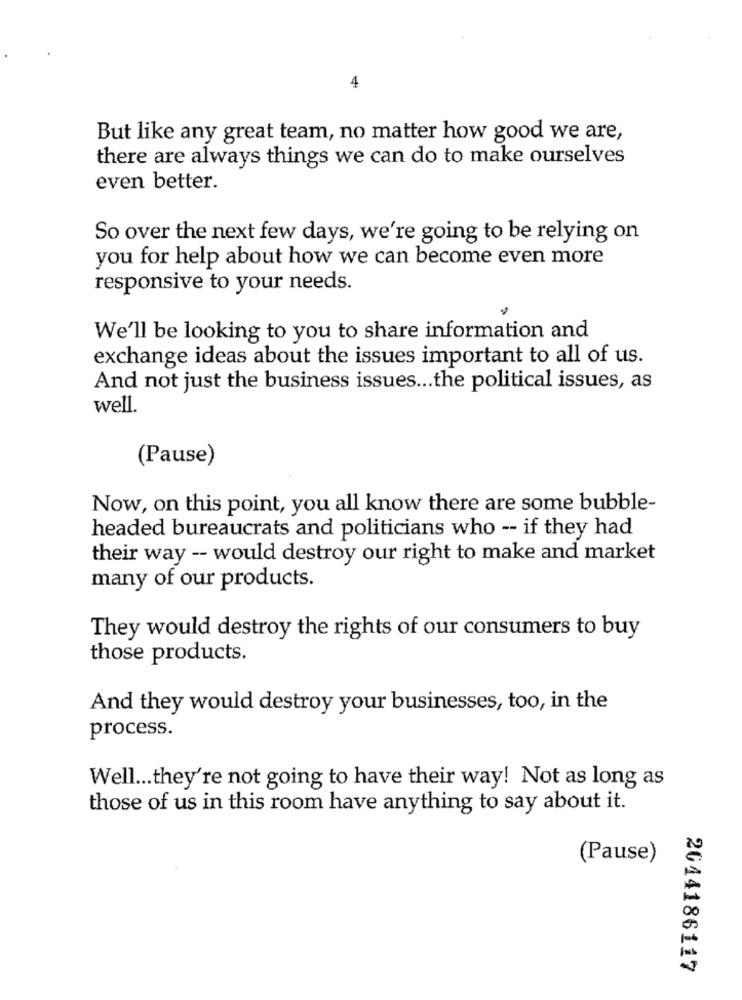
4
But like any great team, no matter how good we are,
there are always things we can do to make ourselves
even better.
So over the next few days, we're going to be relying on
you for help about how we can become even more
responsive to your needs.
We'll be looking to you to share information and
exchange ideas about the issues important to all of us.
And not just the business issues ... the political issues, as
well.
(Pause)
Now, on this point, you all know there are some bubble-
headed bureaucrats and politicians who -- if they had
their way -- would destroy our right to make and market
many of our products.
They would destroy the rights of our consumers to buy
those products.
And they would destroy your businesses, too, in the
process.
Well ... they're not going to have their way! Not as long as
those of us in this room have anything to say about it.
(Pause)
2044186117